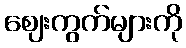
ဈေးကွက်များကို